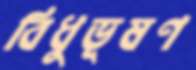
বিধুভূষণ